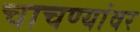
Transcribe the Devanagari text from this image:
चाचण्यांवर